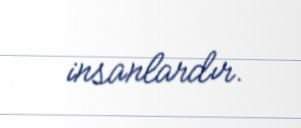
insanlardır.